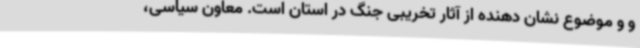
و و موضوع نشان دهنده از آثار تخریبی جنگ در استان است. معاون سیاسی،